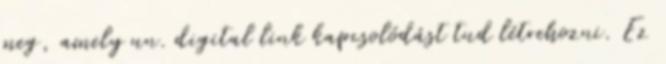
meg, amely un. digital link kapcsolódást tud létrehozni. Ez